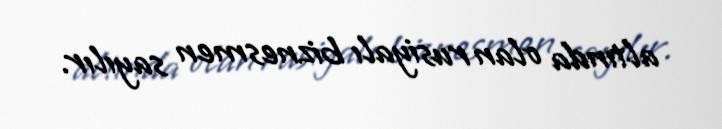
altında olan rusiyalı biznesmen sayılır.